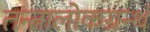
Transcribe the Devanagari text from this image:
तन्त्रालोकग्रन्थं